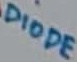
Text: DIODE